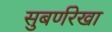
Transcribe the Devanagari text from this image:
सुबर्णरेखा